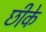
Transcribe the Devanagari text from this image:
छीके